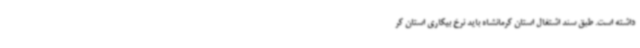
داشته است. طبق سند اشتغال استان کرمانشاه باید نرخ بیکاری استان کر